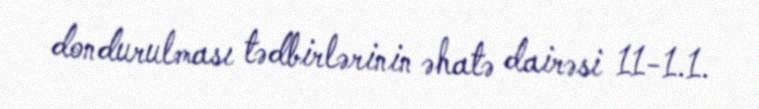
dondurulması tədbirlərinin əhatə dairəsi 11-1.1.